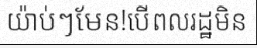
យ៉ាប់ៗមែន!បើពលរដ្ឋមិន